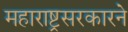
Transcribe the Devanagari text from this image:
महाराष्ट्रसरकारने